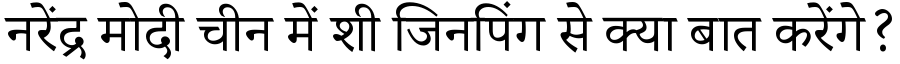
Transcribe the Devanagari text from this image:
नरेंद्र मोदी चीन में शी जिनपिंग से क्या बात करेंगे?